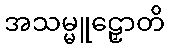
အသမ္မူဠှောတိ